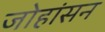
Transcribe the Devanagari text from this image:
जोहांसन